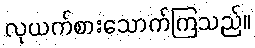
လုယက်စားသောက်ကြသည်။